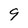
Character: 9